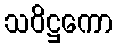
သဝိဋ္ဌကော